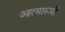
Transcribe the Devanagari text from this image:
आत्मारूपी